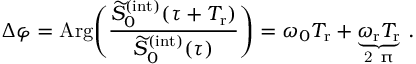
\Delta \varphi = \mathrm { A r g } \Bigg ( \frac { \widetilde { S } _ { 0 } ^ { ( \mathrm { i n t } ) } ( \tau + T _ { \mathrm { r } } ) } { \widetilde { S } _ { 0 } ^ { ( \mathrm { i n t } ) } ( \tau ) } \Bigg ) = \omega _ { 0 } T _ { \mathrm { r } } + \underbrace { \omega _ { \mathrm { r } } T _ { \mathrm { r } } } _ { \mathrm { ~ 2 ~ \uppi ~ } } \, .